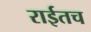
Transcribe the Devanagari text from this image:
राईतच